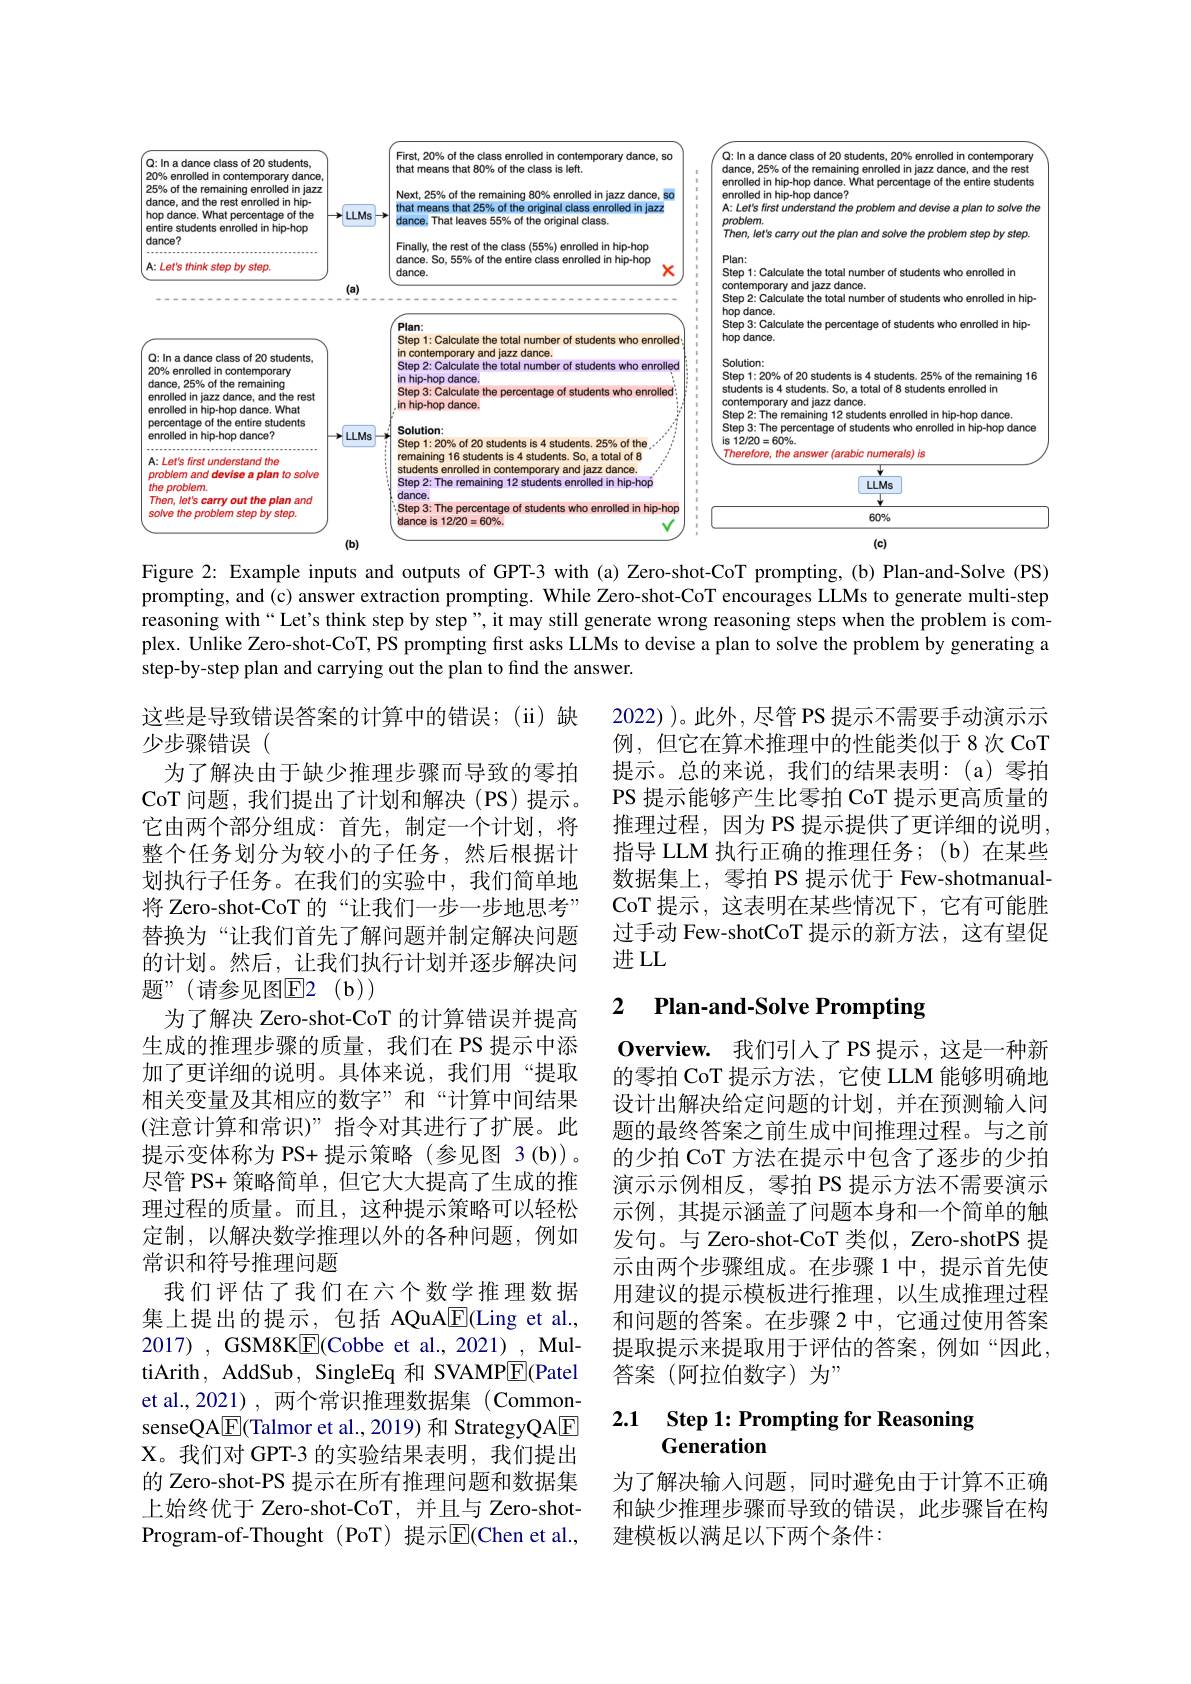
<FigureHere>

Figure 2: Example inputs and outputs of GPT-3 with (a) Zero-shot-CoT prompting, (b) Plan-and-Solve (PS) prompting, and (c) answer extraction prompting. While Zero-shot-CoT encourages LLMs to generate multi-step reasoning with“ Let's think step by step”, it may still generate wrong reasoning steps when the problem is complex. Unlike Zero-shot-CoT, PS prompting first asks LLMs to devise a plan to solve the problem by generating a step-by-step plan and carrying out the plan to find the answer.

2022) )。此外，尽管 PS 提示不需要手动演示示例，但它在算术推理中的性能类似于 8 次 CoT 提示。总的来说，我们的结果表明：(a)零拍PS 提示能够产生比零拍 CoT 提示更高质量的推理过程，因为 PS 提示提供了更详细的说明. 指导 LLM 执行正确的推理任务；(b)在某些数据集上，零拍 PS 提示优于 Few-shotmanualCoT 提示，这表明在某些情况下，它有可能胜过手动 Few-shotCoT 提示的新方法，这有望促进LL

### 2 $\textbf{Plan- and- Solve Prompting}$

这些是导致错误答案的计算中的错误；(ii)缺
少步骤错误(
为了解决由于缺少推理步骤而导致的零拍CoT 问题，我们提出了计划和解决(PS)提示。它由两个部分组成：首先，制定一个计划，将整个任务划分为较小的子任务，然后根据计划执行子任务。在我们的实验中，我们简单地将 Zero-shot-CoT 的“让我们一步一步地思考” 替换为“让我们首先了解问题并制定解决问题的计划。然后，让我们执行计划并逐步解决问题”(请参见图E2(b))
为了解决 Zero-shot-CoT 的计算错误并提高生成的推理步骤的质量，我们在 PS 提示中添加了更详细的说明。具体来说，我们用“提取相关变量及其相应的数字”和“计算中间结果(注意计算和常识)”指令对其进行了扩展。此提示变体称为 PS+ 提示策略(参见图 3(b))。尽管 PS+ 策略简单，但它大大提高了生成的推理过程的质量。而且，这种提示策略可以轻松定制，以解决数学推理以外的各种问题，例如常识和符号推理问题
我们评估了我们在六个数学推理数据集上提出的提示，包括 AQuA$\boxed{\mathrm{F}}($Ling et al., 2017) , GSM8KE(Cobbe et al., 2021), MultiArith, AddSub, SingleEq 和 SVAMPE(Patel et al.,2021), 两个常识推理数据集 (CommonsenseQA$\boxed{\mathrm{F}}$(Talmor et al., 2019) 和 StrategyQA$\boxed{\mathrm{E}}$ X。我们对 GPT-3 的实验结果表明，我们提出的 Zero-shot-PS 提示在所有推理问题和数据集上始终优于 Zero-shot-CoT,并且与 Zero-shotProgram-of-Thought (PoT) 提示$\overline{\mathrm{E}}($Chen et al.,

$\mathbf{Overview.}$我们引入了PS 提示，这是一种新的零拍 CoT 提示方法，它使 LLM 能够明确地设计出解决给定问题的计划，并在预测输入问题的最终答案之前生成中间推理过程。与之前的少拍 CoT 方法在提示中包含了逐步的少拍演示示例相反，零拍 PS 提示方法不需要演示示例，其提示涵盖了问题本身和一个简单的触发句。与 Zero-shot-CoT 类似，Zero-shotPS 提示由两个步骤组成。在步骤 1 中，提示首先使用建议的提示模板进行推理，以生成推理过程和问题的答案。在步骤 2 中，它通过使用答案提取提示来提取用于评估的答案，例如“因此， 答案(阿拉伯数字)为”

# 2.1 Step 1: Prompting for Reasoning Generation

为了解决输入问题，同时避免由于计算不正确和缺少推理步骤而导致的错误，此步骤旨在构建模板以满足以下两个条件：